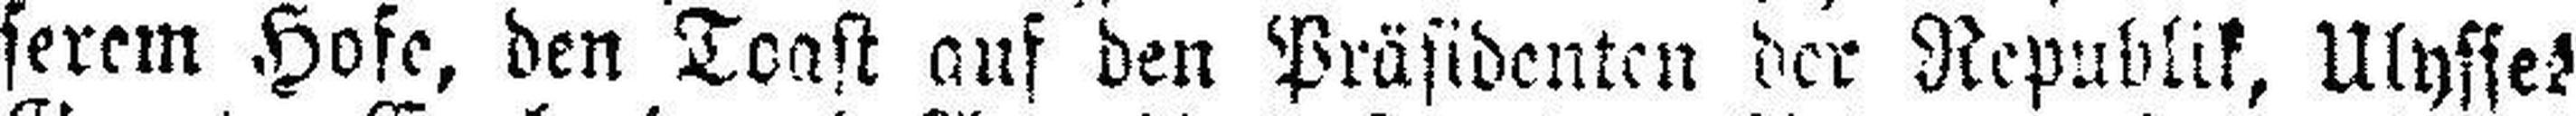
serem Hofe, den Toast aus den Präsidenten der Republik, Ulysses